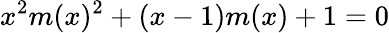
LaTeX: x^{2}m(x)^{2}+(x-1)m(x)+1=0